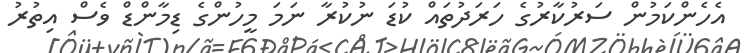
އެހެންކަމުން ސަރުކާރުގެ ހަރަދުތައް ކުޑަ ނުކުރާ ނަމަ މީހުންގެ ޑިމާންޑް ވެސް އިތުރު